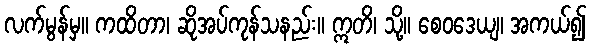
လက်မွန်မှ။ ကထိတာ၊ ဆိုအပ်ကုန်သနည်း။ ဣတိ၊ သို့။ စေဝဒေယျ၊ အကယ်၍